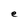
Character: e